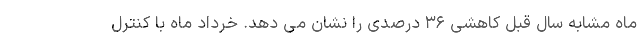
ماه مشابه سال قبل کاهشی ۳۶ درصدی را نشان می دهد. خرداد ماه با کنترل